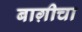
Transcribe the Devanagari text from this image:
बाग़ीचा